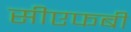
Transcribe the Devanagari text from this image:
सीएफबी